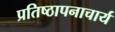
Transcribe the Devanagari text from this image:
प्रतिष्ठापनाचार्य